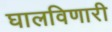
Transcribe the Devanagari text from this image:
घालविणारी